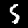
Digit: 5